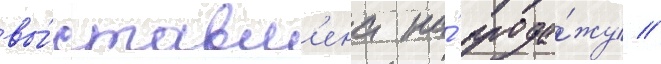
вы́ставл'ена на́ прода́жу //